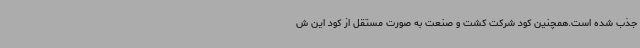
جذب شده است.همچنین کود شرکت کشت و صنعت به صورت مستقل از کود این ش